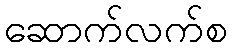
ဆောက်လက်စ